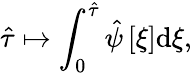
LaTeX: \hat{\tau}\mapsto\int_{0}^{\hat{\tau}}\hat{\psi}\left[\xi\right]\mathrm{d}\xi,